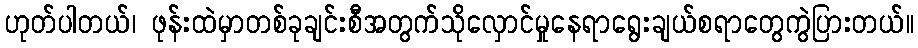
ဟုတ်ပါတယ်၊ ဖုန်းထဲမှာတစ်ခုချင်းစီအတွက်သိုလှောင်မှုနေရာရွေးချယ်စရာတွေကွဲပြားတယ်။